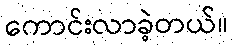
ကောင်းလာခဲ့တယ်။